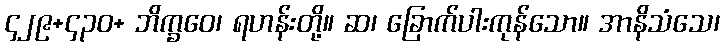
၄၂၉+၄၃၀+ ဘိက္ခဝေ၊ ရဟန်းတို့။ ဆ၊ ခြောက်ပါးကုန်သော။ အာနိသံသေ၊